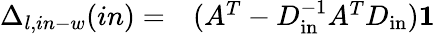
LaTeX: \begin{array}{rl}{\Delta_{l,in-w}(in)=}&{{}(A^{T}-D_{\mathrm{in}}^{-1}A^{T}D_{\mathrm{in}})\mathbf{1}}\end{array}